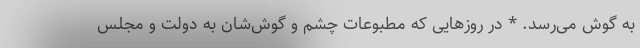
به گوش می‌رسد. * در روزهایی که مطبوعات چشم و گوش‌شان به دولت و مجلس